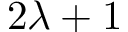
2 \lambda + 1